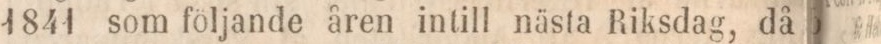
1841 som följande åren intill nästa Riksdag, då